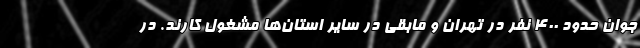
جوان حدود ۴۰۰ نفر در تهران و مابقی در سایر استان‌ها مشغول کارند. در